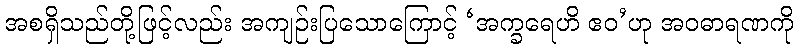
အစရှိသည်တို့ဖြင့်လည်း အကျဉ်းပြသောကြောင့် ‘အက္ခရေဟိ ဧဝ’ဟု အဝဓာရဏကို